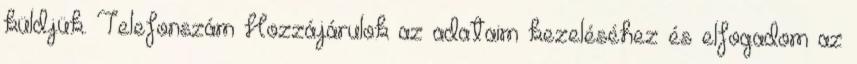
küldjük. Telefonszám Hozzájárulok az adataim kezeléséhez és elfogadom az